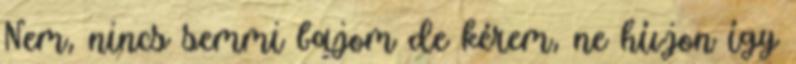
Nem, nincs semmi bajom de kérem, ne hívjon így